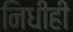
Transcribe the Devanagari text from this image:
निधीही